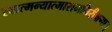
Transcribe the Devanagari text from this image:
स्वात्मन्यात्मारामनिरीक्षणात्